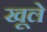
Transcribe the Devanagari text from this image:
खूले